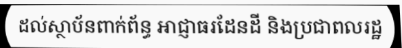
ដល់ស្ថាប័នពាក់ព័ន្ធ អាជ្ញាធរដែនដី និងប្រជាពលរដ្ឋ